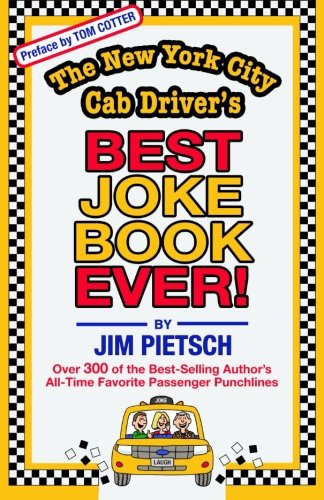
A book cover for The New York City Cab Driver's BEST JOKE BOOK EVER!; Jim Pietsch; Humor & Entertainment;